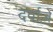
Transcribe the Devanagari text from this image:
दर्वाज़े